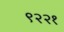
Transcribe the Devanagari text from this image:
९२२१